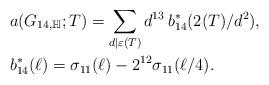
LaTeX: \begin{align*}& a(G_{14,\mathbb{H}};T)=\sum_{d\mid\varepsilon (T)}d^{13}\,b_{14}^*(2(T)/d^2),\\& b_{14}^*(\ell)=\sigma_{11}(\ell)-2^{12}\sigma_{11}(\ell/4).\end{align*}